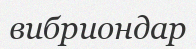
вибриондар